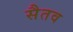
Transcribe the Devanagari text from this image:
सैतव